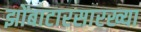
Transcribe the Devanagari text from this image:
झोंबाटारसारख्या